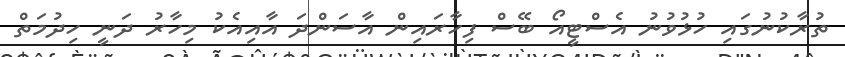
ތުރާކުނުގައި ހުޅުވުނު އެސްޓީއޯ ބޭސް ފިހާރައިން އާސަންދަ އާއިއެކު މިހާރު ދަނީ ހިދުމަތް